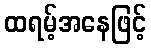
ထရမ့်အနေဖြင့်